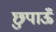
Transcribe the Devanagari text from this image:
छुपाऊँ